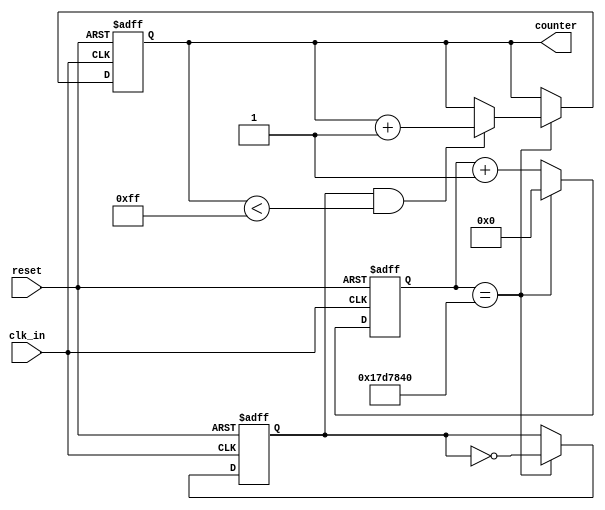
module OneIncrementCount(
    input clk_in,
    input reset,
    output reg [7:0] counter
);
    reg clk_out;
    reg [25:0] count = 0;

    always @(posedge clk_in or posedge reset) begin
        if (reset) begin
            counter <= 8'b0; // Reset the counter to 0
            count <= 26'b0;
            clk_out <= 1'b0; // Reset the clock signal
        end else begin
            count <= count + 1;
            if (count == 25000000) begin
                count <= 0;
                clk_out <= ~clk_out;
                if ((clk_out) && (counter < 8'b11111111)) begin
                    counter <= counter + 1; 
                end
            end
        end
    end
endmodule